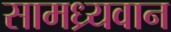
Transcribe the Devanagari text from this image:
सामध्र्यवान